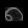
Digit: ၈